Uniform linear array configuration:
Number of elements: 48
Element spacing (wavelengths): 0.25
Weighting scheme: hamming
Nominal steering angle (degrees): -30
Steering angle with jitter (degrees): -28.524
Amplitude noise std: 0.05
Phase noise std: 0.05

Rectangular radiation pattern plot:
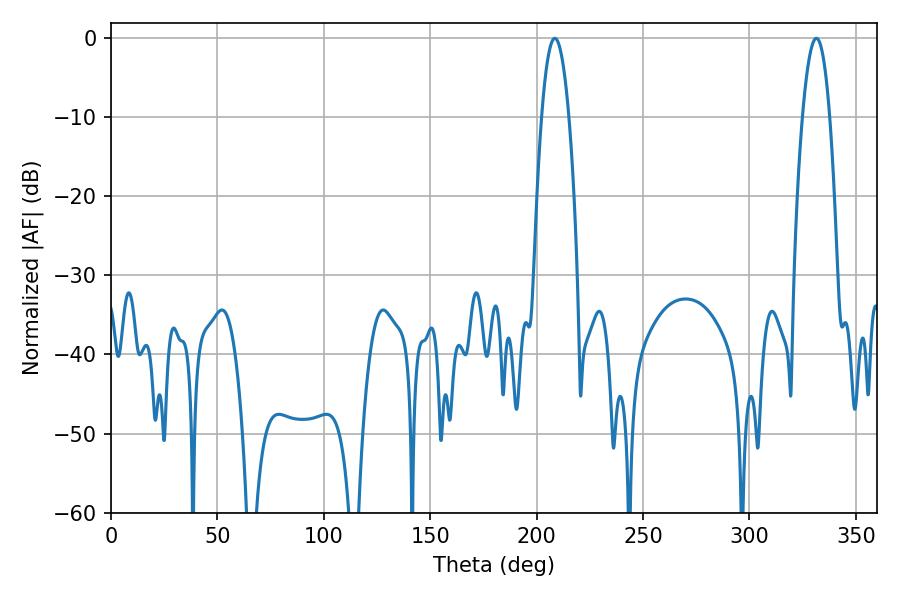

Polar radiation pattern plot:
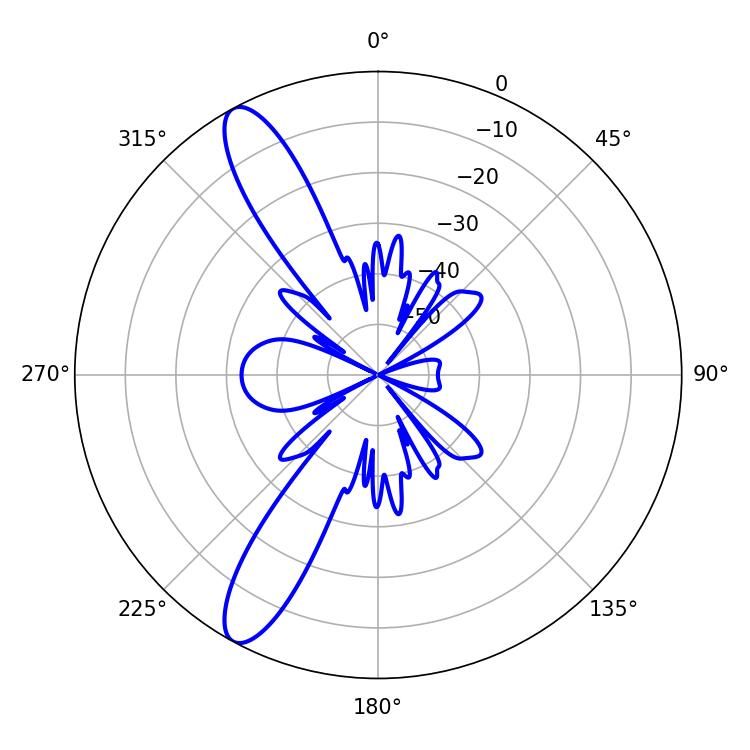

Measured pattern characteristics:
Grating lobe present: FALSE
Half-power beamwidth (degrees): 7.2
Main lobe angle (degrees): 208.62